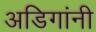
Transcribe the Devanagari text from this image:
अडिगांनी